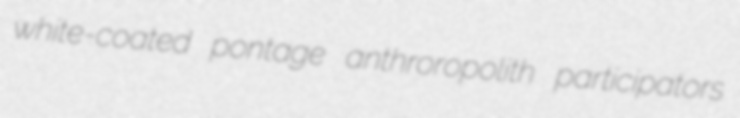
white-coated pontage anthroropolith participators